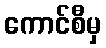
ကောင်စီမှ